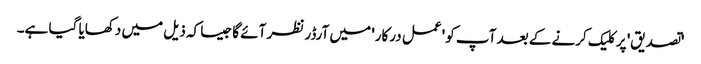
'تصدیق' پر کلیک کرنے کے بعد آپ کو 'عمل درکار' میں آرڈر نظر آئے گا جیسا کہ ذیل میں دکھایا گیا ہے۔